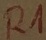
Text: R1